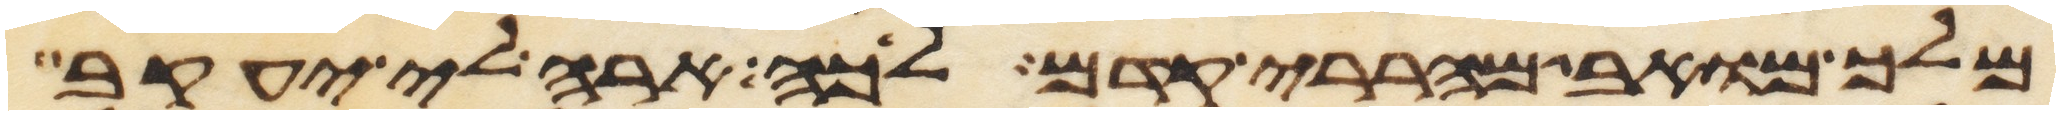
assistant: מלך מואב מהררי קדם לכה ארה לי יעקב